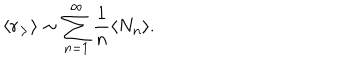
\langle r _ { > } \rangle \sim \sum _ { n = 1 } ^ { \infty } \frac { 1 } { n } \langle N _ { n } \rangle .